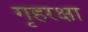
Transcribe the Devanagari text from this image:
गृहरक्षा